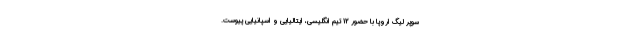
سوپر لیگ اروپا با حضور 12 تیم انگلیسی، ایتالیایی و اسپانیایی پیوست.